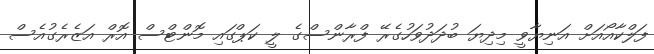
ފަލްކާއޯއަށް އަނިޔާވީ މިދިޔަ ބުދަދުވަހުގެރޭ ފްރާންސްގެ ލީ ކަޕްގައި މޮންޓްސް އޮރް އަޒެރެގުއެސް